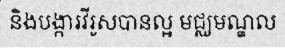
និងបង្ការវីរូសបានល្អ មជ្ឈមណ្ឌល